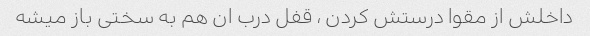
داخلش از مقوا درستش کردن ، قفل درب ان هم به سختی باز میشه